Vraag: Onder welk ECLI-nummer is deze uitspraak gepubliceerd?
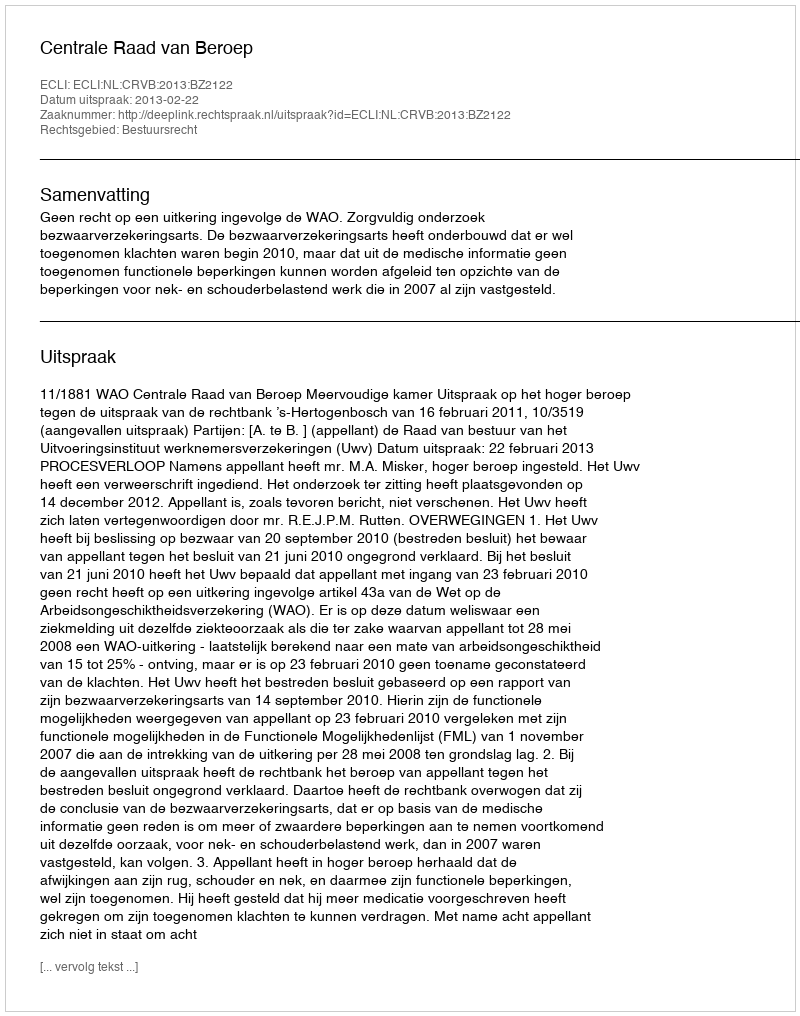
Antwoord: ECLI:NL:CRVB:2013:BZ2122